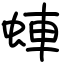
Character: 蛼